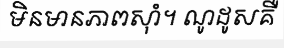
មិនមានភាពស៊ាំ។ ណូដូសគឺ